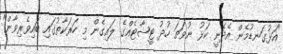
"އަޅުގަނޑުމެން އެދެނީ ކަޅު ނުވަތަ ހުދު ޓީޝާޓެއްގެ ލައިގެން މި ހަރަކާތުގައި ބައިވެރިވާން"